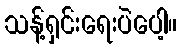
သန့်ရှင်းရေးပဲပေါ့။